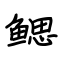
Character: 鳃